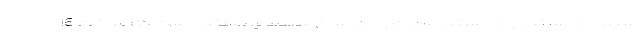
سینمای مستند و از مستندسازان و مدرسان سینمای مستند است که ساخت 16